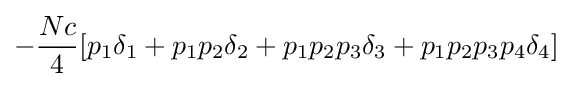
-{\frac {Nc}{4}}[p_{1}\delta _{1}+p_{1}p_{2}\delta _{2}+p_{1}p_{2}p_{3}\delta _{3}+p_{1}p_{2}p_{3}p_{4}\delta _{4}]